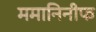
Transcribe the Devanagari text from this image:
ममानिनीफ